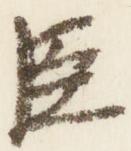
臣